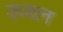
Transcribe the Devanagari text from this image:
रूब्ल